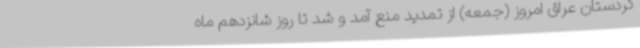
کردستان عراق امروز (جمعه) از تمدید منع آمد و شد تا روز شانزدهم ماه